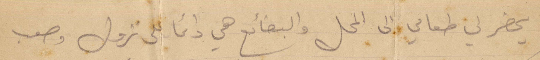
يحضر لي طعامي الى المحل والبضائع هي دائمًا لى نزول وصعب